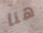
هنا